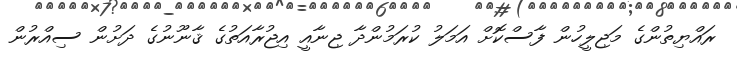
ރައްޔިތުންގެ މަޖިލީހުން ފާސްކޮށް އަމަލު ކުރަމުންދާ ޖިނާއީ އިޖުރާއަތުގެ ޤާނޫނުގެ ދަށުން ސިއްރުން